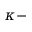
\kappa -